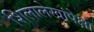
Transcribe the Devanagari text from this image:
शिलालेखांपेक्षा